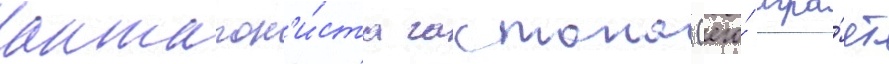
антагон'и́ста гастона (его́ игра́ет